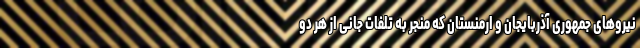
نیروهای جمهوری آذربایجان و ارمنستان که منجر به تلفات جانی از هر دو